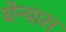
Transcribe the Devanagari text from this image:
घेन्यास